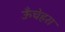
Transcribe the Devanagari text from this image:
ऊँचेहरा